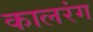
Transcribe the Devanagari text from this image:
कालरंग